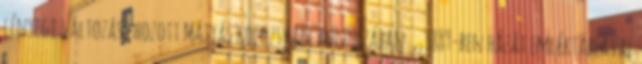
lényegi változást hozott Mátyás kolozsvári kultuszában. ,,1889-ben házát emléktáblával